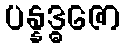
ပန္နဒ္ဓဇော